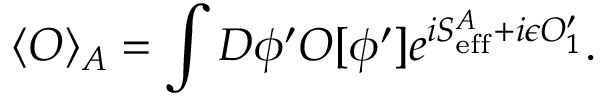
\langle O \rangle _ { A } = \int { \cal D } \phi ^ { \prime } O [ \phi ^ { \prime } ] e ^ { i S _ { \mathrm { e f f } } ^ { A } + i \epsilon O _ { 1 } ^ { \prime } } .